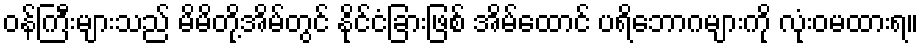
ဝန်ကြီးများသည် မိမိတို့အိမ်တွင် နိုင်ငံခြားဖြစ် အိမ်ထောင် ပရိဘောဂများကို လုံးဝမထားရ။